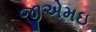
જીએમઇ